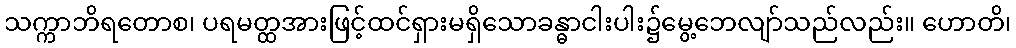
သက္ကာဘိရတောစ၊ ပရမတ္ထအားဖြင့်ထင်ရှားမရှိသောခန္ဓာငါးပါး၌မွေ့ဘေလျာ်သည်လည်း။ ဟောတိ၊